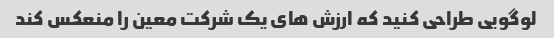
لوگویی طراحی کنید که ارزش های یک شرکت معین را منعکس کند